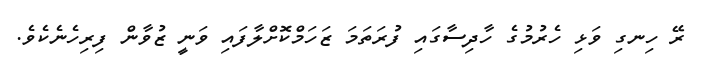
ރޭ ހިނގި ވަޅި ހެރުމުގެ ހާދިސާގައި ފުރަތަމަ ޒަހަމްކޮށްލާފައި ވަނީ ޒުވާން ފިރިހެނެކެވެ.